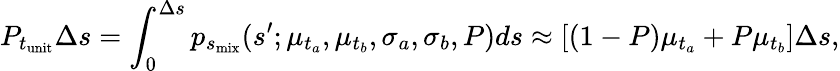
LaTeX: P_{t_{\mathrm{unit}}}\Delta s=\int_{0}^{\Delta s}p_{s_{\mathrm{mix}}}(s^{\prime};\mu_{t_{a}},\mu_{t_{b}},\sigma_{a},\sigma_{b},P)ds\approx[(1-P)\mu_{t_{a}}+P\mu_{t_{b}}]\Delta s,